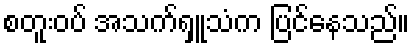
စတူးဝပ် အသက်ရှူသံက ပြင်နေသည်။